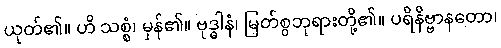
ယုတ်၏။ ဟိ သစ္စံ၊ မှန်၏။ ဗုဒ္ဓါနံ၊ မြတ်စွဘုရားတို့၏။ ပရိနိဗ္ဗာနတော၊